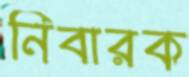
নিবারক